Insane asylums Bombay 1873-77 - 1873-1877
Year: 1873
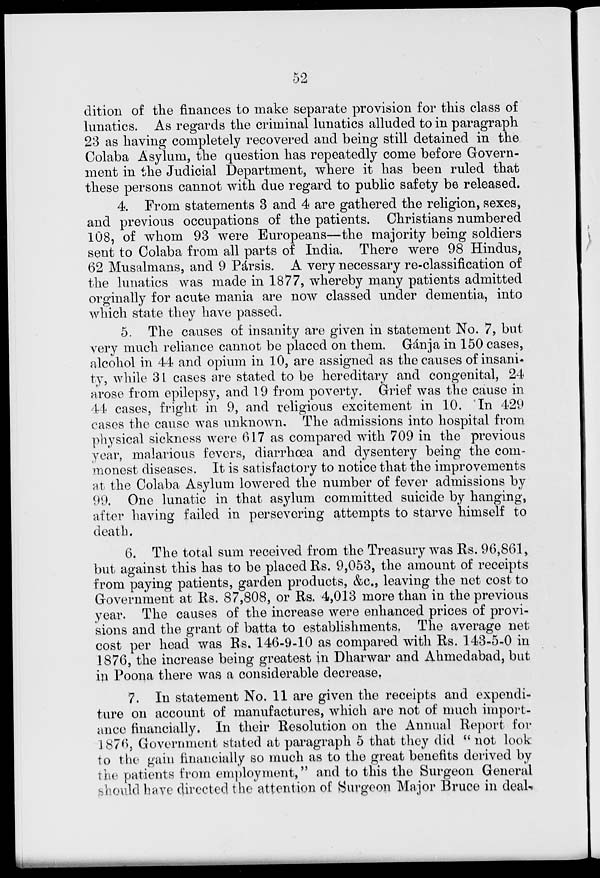
52
dition of the finances to make separate provision for this class of
lunatics. As regards the criminal lunatics alluded to in paragraph
23 as having completely recovered and being still detained in the
Colaba Asylum, the question has repeatedly come before Govern-
ment in the Judicial Department, where it has been ruled that
these persons cannot with due regard to public safety be released.
4. From statements 3 and 4 are gathered the religion, sexes,
and previous occupations of the patients. Christians numbered
108, of whom 93 were Europeans—the majority being soldiers
sent to Colaba from all parts of India. There were 98 Hindus,
62 Musalmans, and 9 Pársis. A very necessary re-classification of
the lunatics was made in 1877, whereby many patients admitted
orginally for acute mania are now classed under dementia, into
which state they have passed.
5. The causes of insanity are given in statement No. 7, but
very much reliance cannot be placed on them. Gánja in 150 cases,
alcohol in 44 and opium in 10, are assigned as the causes of insani-
ty, while 31 cases are stated to be hereditary and congenital, 24
arose from epilepsy, and 19 from poverty. Grief was the cause in
44 cases, fright in 9, and religious excitement in 10. In 429
cases the cause was unknown. The admissions into hospital from
physical sickness were 617 as compared with 709 in the previous
year, malarious fevers, diarrhœa and dysentery being the com-
monest diseases. It is satisfactory to notice that the improvements
at the Colaba Asylum lowered the number of fever admissions by
99. One lunatic in that asylum committed suicide by hanging,
after having failed in persevering attempts to starve himself to
death.
6. The total sum received from the Treasury was Rs. 96,861,
but against this has to be placed Rs. 9,053, the amount of receipts
from paying patients, garden products, &c., leaving the net cost to
Government at Rs. 87,808, or Rs. 4,013 more than in the previous
year. The causes of the increase were enhanced prices of provi-
sions and the grant of batta to establishments. The average net
cost per head was Rs. 146-9-10 as compared with Rs. 143-5-0 in
1876, the increase being greatest in Dharwar and Ahmedabad, but
in Poona there was a considerable decrease.
7. In statement No. 11 are given the receipts and expendi-
ture on account of manufactures, which are not of much import-
ance financially. In their Resolution on the Annual Report for
1876, Government stated at paragraph 5 that they did " not look
to the gain financially so much as to the great benefits derived by
the patients from employment," and to this the Surgeon General
should have directed the attention of Surgeon Major Bruce in deal¬